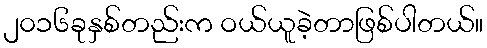
၂၀၁၆ခုနှစ်တည်းက ဝယ်ယူခဲ့တာဖြစ်ပါတယ်။